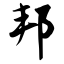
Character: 邦